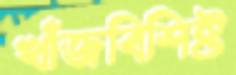
খাঁজবিশিষ্ট